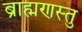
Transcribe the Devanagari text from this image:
ब्राह्मणस्तु